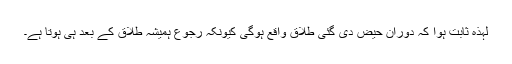
لہٰذہ ثابت ہوا کہ دورانِ حیض دی گئی طلاق واقع ہوگی کیونکہ رجوع ہمیشہ طلاق کے بعد ہی ہوتا ہے۔